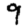
Digit: 9